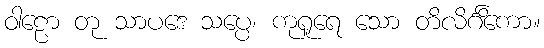
ဝါဠော တု သာပဒေ သပ္ပေ၊ ကုရူရေ သော တိလိင်္ဂိကော။